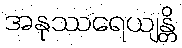
အနုဿရေယျန္တိ